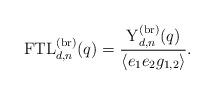
LaTeX: \begin{align*}{\rm FTL}_{d,n}^{(\rm br)}(q) = \frac{ {\rm Y}_{d,n}^{(\rm br)}(q)}{{\langle e_1 e_2 g_{1,2} \rangle}}.\end{align*}